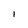
Character: 1